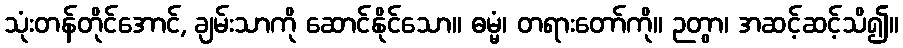
သုံးတန်တိုင်အောင်, ချမ်းသာကို ဆောင်နိုင်သော။ ဓမ္မံ၊ တရားတော်ကို။ ဉတွာ၊ အဆင့်ဆင့်သိ၍။